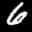
Label: 6